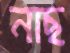
নাছ